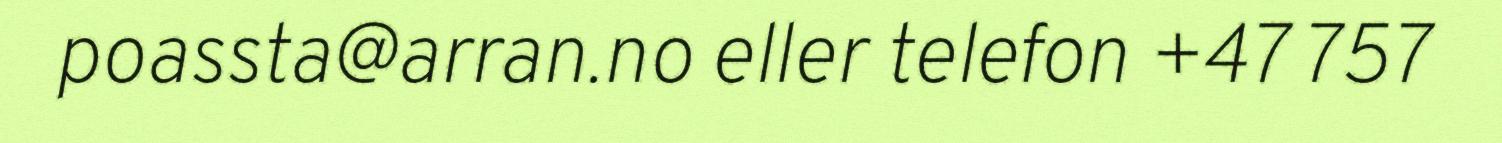
poassta@arran.no eller telefon +47 757